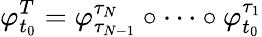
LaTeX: \varphi_{t_{0}}^{T}=\varphi_{\tau_{N-1}}^{\tau_{N}}\circ\cdots\circ\varphi_{t_{0}}^{\tau_{1}}